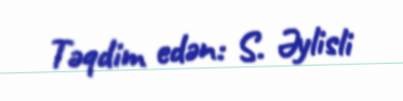
Təqdim edən: S. Əylisli